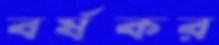
বর্ষকর